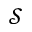
\mathcal { S }